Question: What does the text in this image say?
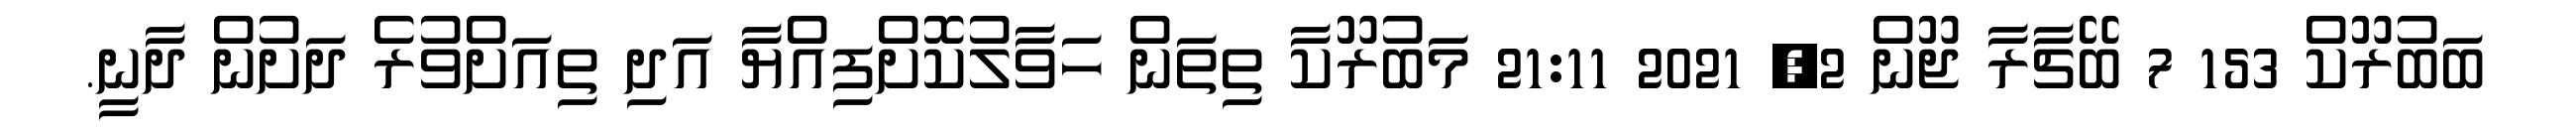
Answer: ބަބުރޫކް 153 7 ބޭޗާރާ ޖޫން 2, 2021 21:11 މަބުރޫކާ ތިތަން ހަވާލުކޮށްފިއްޔާ އަދި ތިއަށްވުރެ ދަށުން ދާނީ.